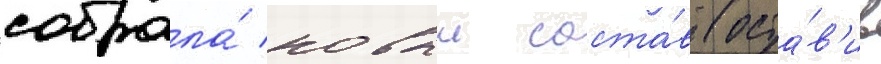
собрала́ новыи соста́в (оста́в'ив